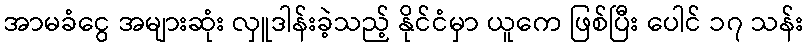
အာမခံငွေ အများဆုံး လှူဒါန်းခဲ့သည့် နိုင်ငံမှာ ယူကေ ဖြစ်ပြီး ပေါင် ၁၇ သန်း